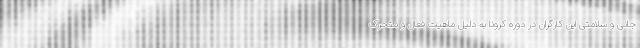
جانی و سلامتی این کارگران در دوره کرونا به دلیل ماهیت فعال و متحرک